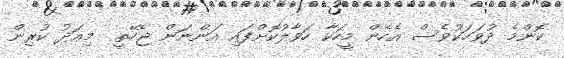
ކޮންމެ ދުވަހަކުވެސް އެހެން މީހަކާ ހަވާލުކޮށްފައި އަންނަން ޖެހޭތީ  މިއަދު ކުރިން